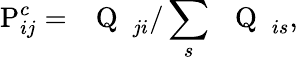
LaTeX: \mathrm{P}_{ij}^{c}=\mathrm{~\mathsf~{~Q~}~}_{ji}/\sum_{s}\mathrm{~\mathsf~{~Q~}~}_{is},